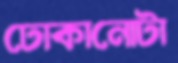
ঢোকানোটা